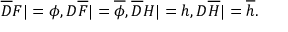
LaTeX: { \overline { { D } } } F | = \phi , D { \overline { { F } } } | = { \overline { { \phi } } } , { \overline { { D } } } H | = h , D { \overline { { H } } } | = { \overline { { h } } } .